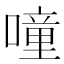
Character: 噇